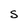
Character: S